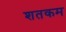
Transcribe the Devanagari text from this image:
शतकम